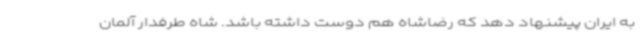
به ایران پیشنهاد دهد که رضاشاه هم دوست داشته باشد. شاه طرفدار آلمان